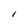
Character: l